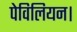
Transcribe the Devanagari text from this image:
पेविलियन।